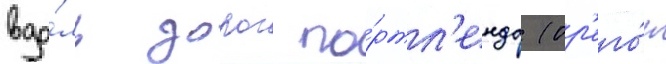
вдо́ль дорог по́ртл'енда (ор'его́н